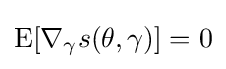
\mathrm {E} [\nabla _{\gamma }s(\theta ,\gamma )]=0